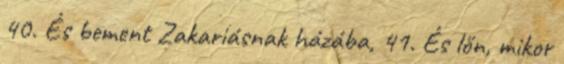
40. És bement Zakariásnak házába, 41. És lőn, mikor